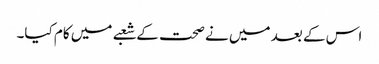
اس کے بعد میں نے صحت کے شعبے میں کام کیا۔